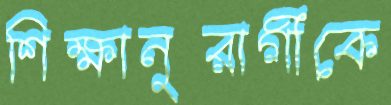
শিক্ষানুরাগীকে